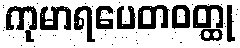
ကုမာရပေတဝတ္ထု